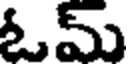
ఓమ్